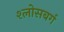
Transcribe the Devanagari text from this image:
श्लोसबर्ग